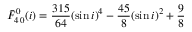
\bar { F } _ { 4 \, 0 } ^ { 0 } ( i ) = \frac { 3 1 5 } { 6 4 } ( \sin i ) ^ { 4 } - \frac { 4 5 } { 8 } ( \sin i ) ^ { 2 } + \frac { 9 } { 8 }